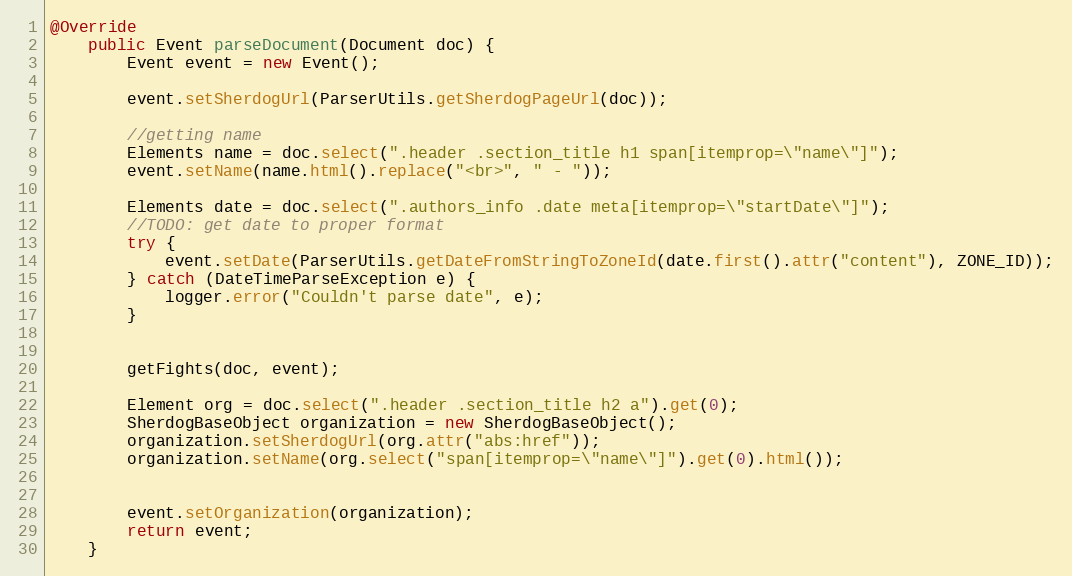
Language: Java
@Override
    public Event parseDocument(Document doc) {
        Event event = new Event();

        event.setSherdogUrl(ParserUtils.getSherdogPageUrl(doc));

        //getting name
        Elements name = doc.select(".header .section_title h1 span[itemprop=\"name\"]");
        event.setName(name.html().replace("<br>", " - "));

        Elements date = doc.select(".authors_info .date meta[itemprop=\"startDate\"]");
        //TODO: get date to proper format
        try {
            event.setDate(ParserUtils.getDateFromStringToZoneId(date.first().attr("content"), ZONE_ID));
        } catch (DateTimeParseException e) {
            logger.error("Couldn't parse date", e);
        }

        getFights(doc, event);

        Element org = doc.select(".header .section_title h2 a").get(0);
        SherdogBaseObject organization = new SherdogBaseObject();
        organization.setSherdogUrl(org.attr("abs:href"));
        organization.setName(org.select("span[itemprop=\"name\"]").get(0).html());

        event.setOrganization(organization);
        return event;
    }